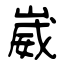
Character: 崴